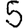
Digit: 5